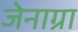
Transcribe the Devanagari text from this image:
जेनाग्रा